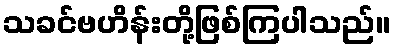
သခင်ဗဟိန်းတို့ဖြစ်ကြပါသည်။